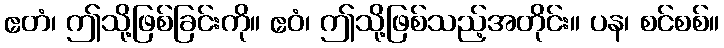
ဧတံ၊ ဤသို့ဖြစ်ခြင်းကို။ ဧဝံ၊ ဤသို့ဖြစ်သည့်အတိုင်း။ ပန၊ စင်စစ်။